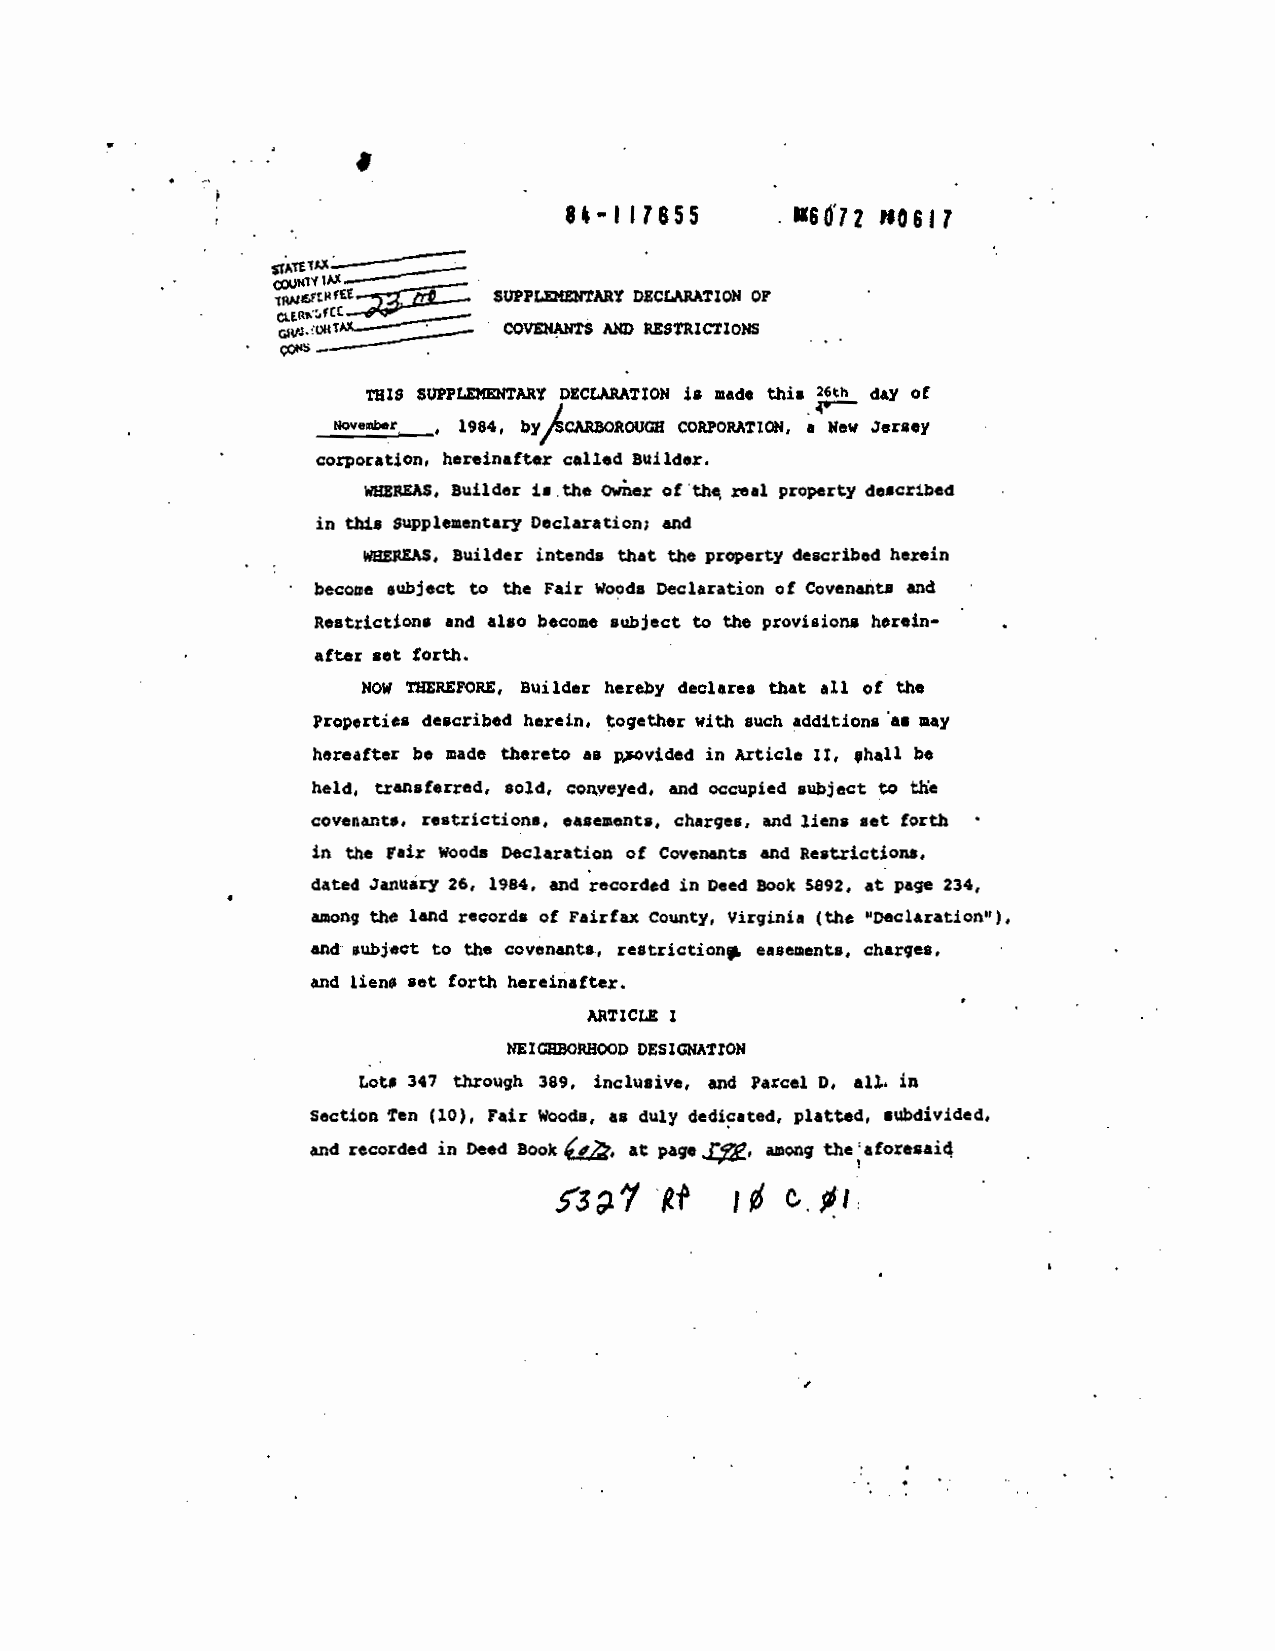
________                 __
 H
 84—I 17655     6d)2 sosir
 %tA
 IM
 SUPPLn4Z11tARY DECLARATION OF
 CQVEIAJIT$ AIW RESTRICTIONS
 C
 this 26th day of
 ThiS SUPPLEME1ITMY DECLARATION is made
 Noveøe',               CORPORATION. a Hew Jersey
 1984, bYftCMZO2OUGH
 corporation, hereinafter called Builder.
 i..the Ower of th real property dncribed
 WEERSAS, Builder
 in this       Declaration; and
 Supplementary
 described herein
 WBE$EAS. Builder intends that the property
 of covenants and
 become •ubject to the Fair Woods Declaration
 nestricUons and also become subject to the provisiOnS herein—
 after set forth.
 that all of the
 NOW THEREFORE, Builder hereby declares
 described herein, together with such additions &S may
 Properties
 Article II, •hall be
 hereafter be nde thereto as p,ovided in
 held, transferred, sold, conveyed, and occupied subject to the
 and liens set forth
 covenants, restrictions, easements, charges,
 in the fair woods Declaration of covenants and Restrictions.
 dated JanuarY 26, 1984. and recorded in Deed Book 5892, at page 234,
 among the land records of Fairfax County, Virginia (the "Declaration"),
 and subject to the covenants, restrictiOn* easements, charges.
 and liena set forth hereinafter.
 MTICtS I
 NEIGEBORH000 DESIGNATZO1I
 347 through 389. inclusiVe, and Parcel 0, .11. in
 Tots
 subdivided,
 Section ren (10), Fair Wood., as duly dedicated, platted
 recorded in Deed Book at page J. amcfl the: aforesai4
 and
 it
 cs"v        :0 c#Øi: